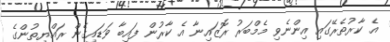
އެ ކާރުތެރޭގައި އިންނެވި މެމްބަރު ރޮޒައިނާ އެ ކާރުން ފައިބާ ވަޑައިގެން ރައްޔިތުންގެ